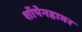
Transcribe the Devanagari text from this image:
शॉपेनहावर